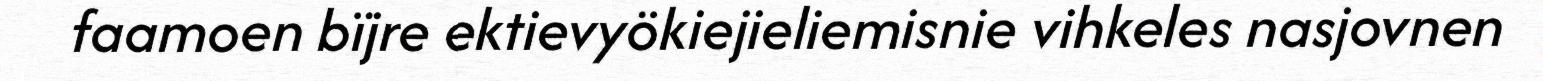
faamoen bïjre ektievyökiejieliemisnie vihkeles nasjovnen